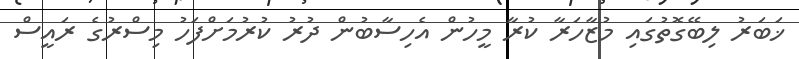
ޚަބަރު ލިބޭގޮތުގައި މުޒާހަރާ ކުރާ މީހުން އެހިސާބުން ދުރު ކުރުމަށްފަހު މިސްރުގެ ރައީސް